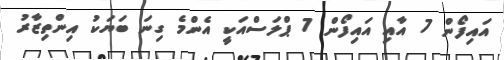
އައިފޯން 7 އާއި އައިފޯން 7 ޕްލަސްއަކީ އެންމެ ގިނަ ބަޔަކު އިންތިޒާރު